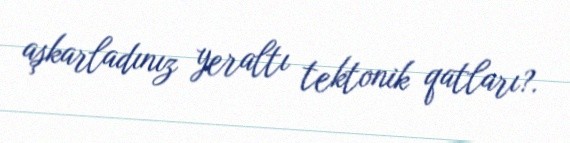
aşkarladınız yeraltı tektonik qatları?.